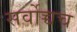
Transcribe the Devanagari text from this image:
सर्वोच्चच